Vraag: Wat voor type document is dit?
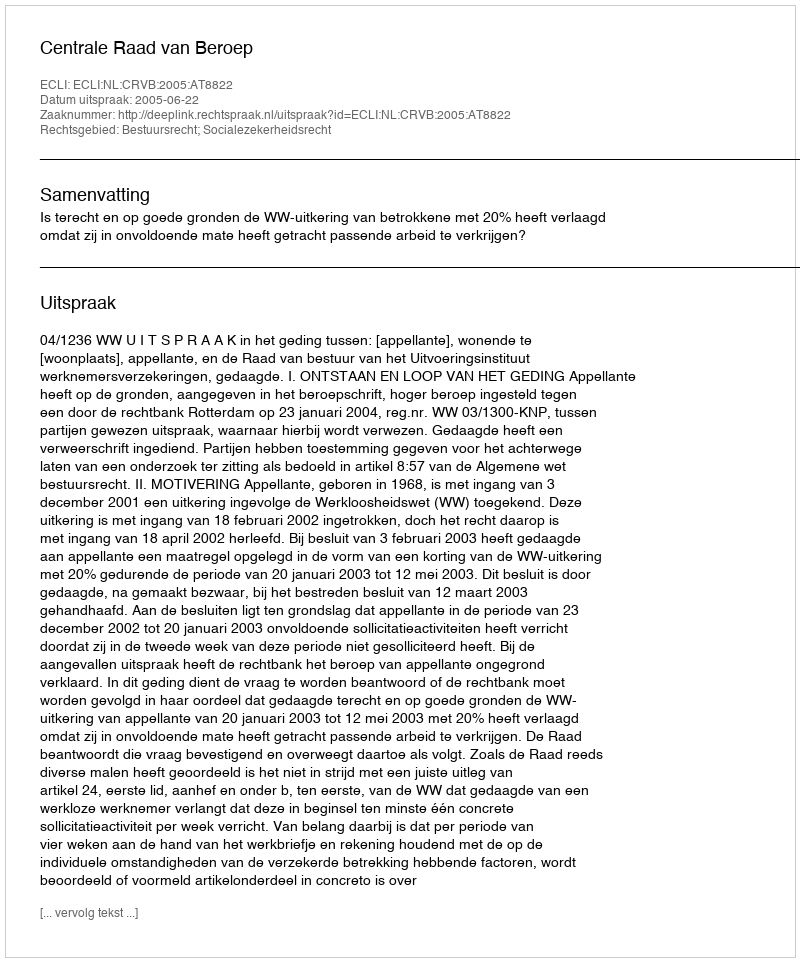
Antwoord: Uitspraak